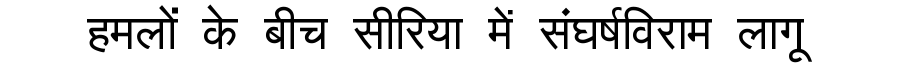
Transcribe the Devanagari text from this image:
हमलों के बीच सीरिया में संघर्षविराम लागू